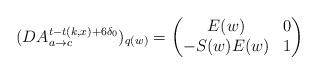
LaTeX: \begin{align*}(DA_{a\to c}^{t-t(k,x)+6\delta_0})_{q(w)}=\begin{pmatrix}E(w) &0\\-S(w)E(w) &1\end{pmatrix}\end{align*}